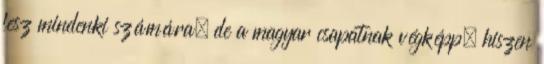
lesz mindenki számára, de a magyar csapatnak végképp, hiszen